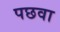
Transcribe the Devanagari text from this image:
पछवा